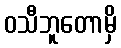
ဝသီဘူတောမှိ